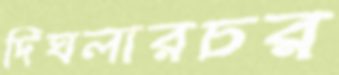
দিঘলারচর